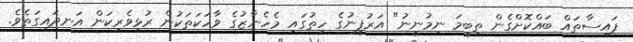
ފައިސާތައް ބައްކޮށްގެން ތިބީމަ ނިމުނީނު" އަރުފީނުގެ ހިތުގައި މެހެނާޒުގެ ވާހަކަތަކުން ރުޅިވެރިކަން އަނދައިގަތެވެ.